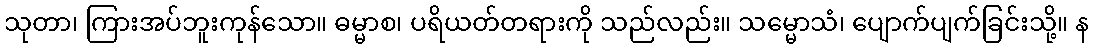
သုတာ၊ ကြားအပ်ဘူးကုန်သော။ ဓမ္မာစ၊ ပရိယတ်တရားကို သည်လည်း။ သမ္မောသံ၊ ပျောက်ပျက်ခြင်းသို့။ န